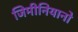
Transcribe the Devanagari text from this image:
जिमीनियानो